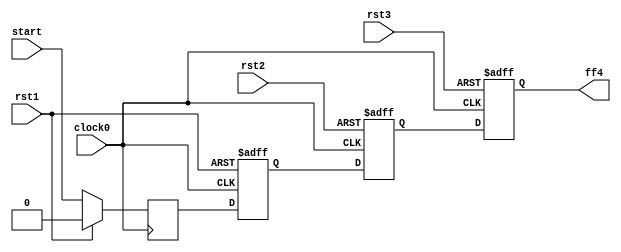
module hop3_L4(
   	
		input	clock0,
		input	rst1,
		input 	rst2,
		input 	rst3,
		input 	start,
		output 	ff4
		
		);

		reg ff1,ff2,ff3,ff4;


  	always @( posedge clock0)
   	begin
   		if( rst1 )
       			ff1 <= 0;
		else
			ff1<= start;
	end


	always @(posedge clock0, posedge rst1)
	begin
    		if( rst1 )
       			ff2 <= 0;      
    		else 
			ff2<= ff1;

	end



  	always @( posedge clock0, posedge rst2)
   	begin
   		if( rst2 )
       			ff3 <= 0;
		else
			ff3<= ff2;
	end

  	always @( posedge clock0, posedge rst3)
   	begin
   		if( rst3)
       			ff4 <= 0;
		else
			ff4<= ff3;
	end


endmodule